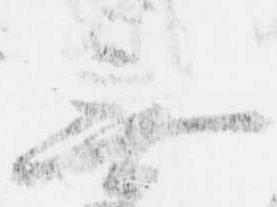
無